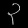
Digit: ၃